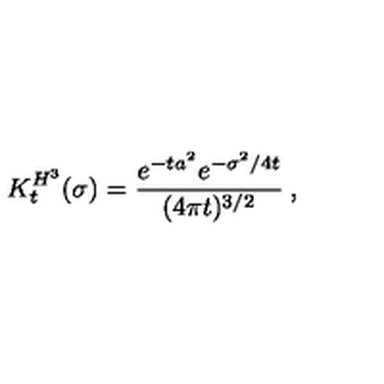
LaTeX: K _ { t } ^ { H ^ { 3 } } ( \sigma ) = \frac { e ^ { - t a ^ { 2 } } e ^ { - \sigma ^ { 2 } / 4 t } } { ( 4 \pi t ) ^ { 3 / 2 } } \: , \nonumber